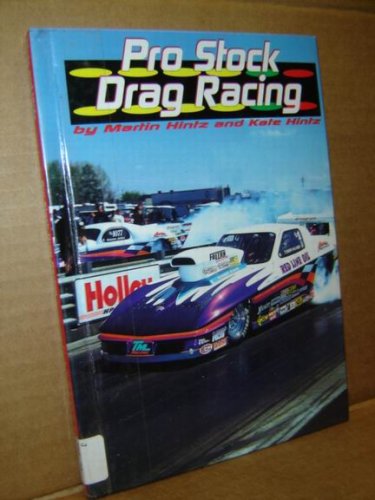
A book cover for Pro Stock Drag Racing (Drag Racing (Capstone)); Martin Hintz; Teen & Young Adult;